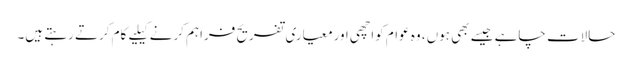
حالات چاہے جیسے بھی ہوں، وہ عوام کواچھی اورمعیاری تفریح فراہم کرنے کیلیے کام کرتے رہتے ہیں۔